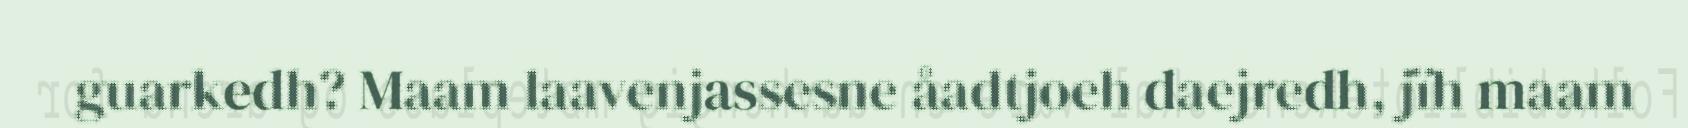
guarkedh? Maam laavenjassesne åadtjoeh daejredh, jïh maam